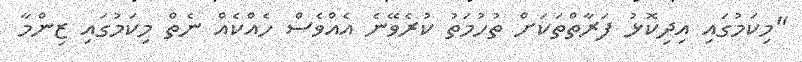
"މިކަމުގައި އިދިކޮޅު ފަރާތްތަކަށް ތުހުމަތު ކުރެވޭނެ އެއްވެސް ހެއްކެއް ނެތް މިކަމުގައި ޒިންމާ